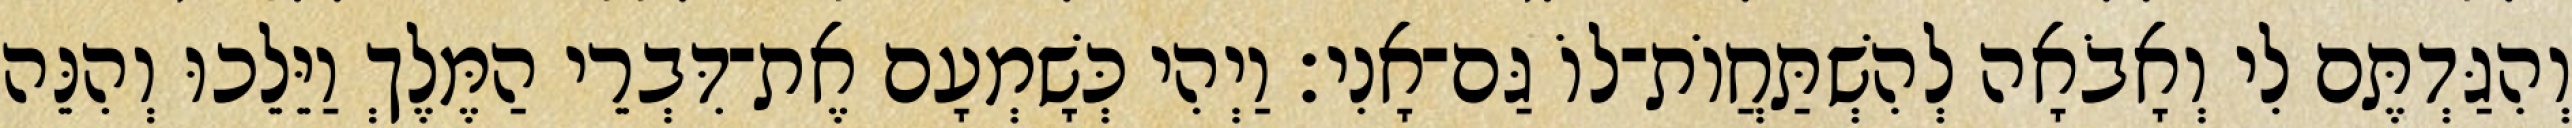
וְהִגַּדְתֶּם לִי וְאָבֹאָה לְהִשְׁתַּחֲוֹת־לוֹ גַּם־אָנִי׃ וַיְהִי כְּשָׁמְעָם אֶת־דִּבְרֵי הַמֶּלֶךְ וַיֵּלֵכוּ וְהִנֵּה